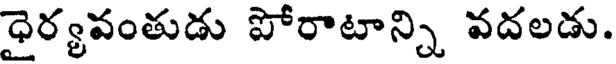
ధైర్యవంతుడు పోరాటాన్ని వదలడు.